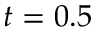
t = 0 . 5